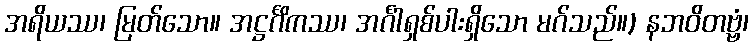
အရိယဿ၊ မြတ်သော။ အဋ္ဌင်္ဂိကဿ၊ အင်္ဂါရှစ်ပါးရှိသော မဂ်သည်။) နဘဝိတဗ္ဗံ၊